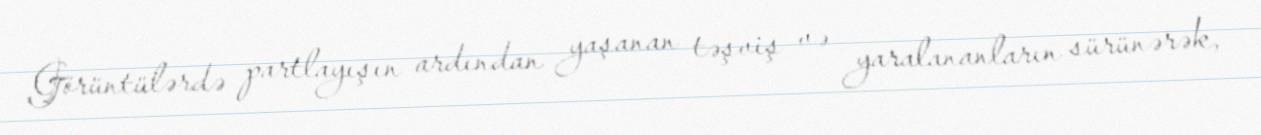
Görüntülərdə partlayışın ardından yaşanan təşviş və yaralananların sürünərək,